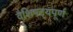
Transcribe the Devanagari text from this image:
वैशिषट्यपूर्ण